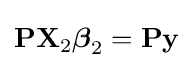
\mathbf {P} \mathbf {X} _{2}{\boldsymbol {\beta }}_{2}=\mathbf {P} \mathbf {y}